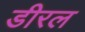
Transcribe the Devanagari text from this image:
डीरल